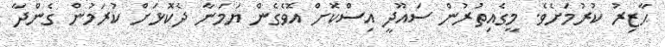
ޙާޒިރު ކުރުމަށެވެ. މީގެއިތުރުން ސައޫދީ އިސްކޮށް އޮވެގެން ޔަމަނާ ދެކޮޅަށް ކުރަމުން ގެންދާ